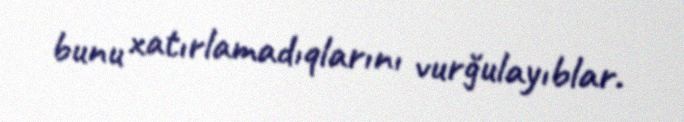
bunu xatırlamadıqlarını vurğulayıblar.